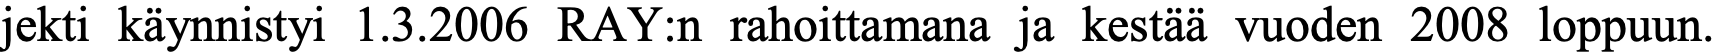
jekti käynnistyi 1.3.2006 RAY:n rahoittamana ja kestää vuoden 2008 loppuun.